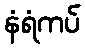
နံရံကပ်